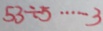
5 3 \div 5 \cdots 3